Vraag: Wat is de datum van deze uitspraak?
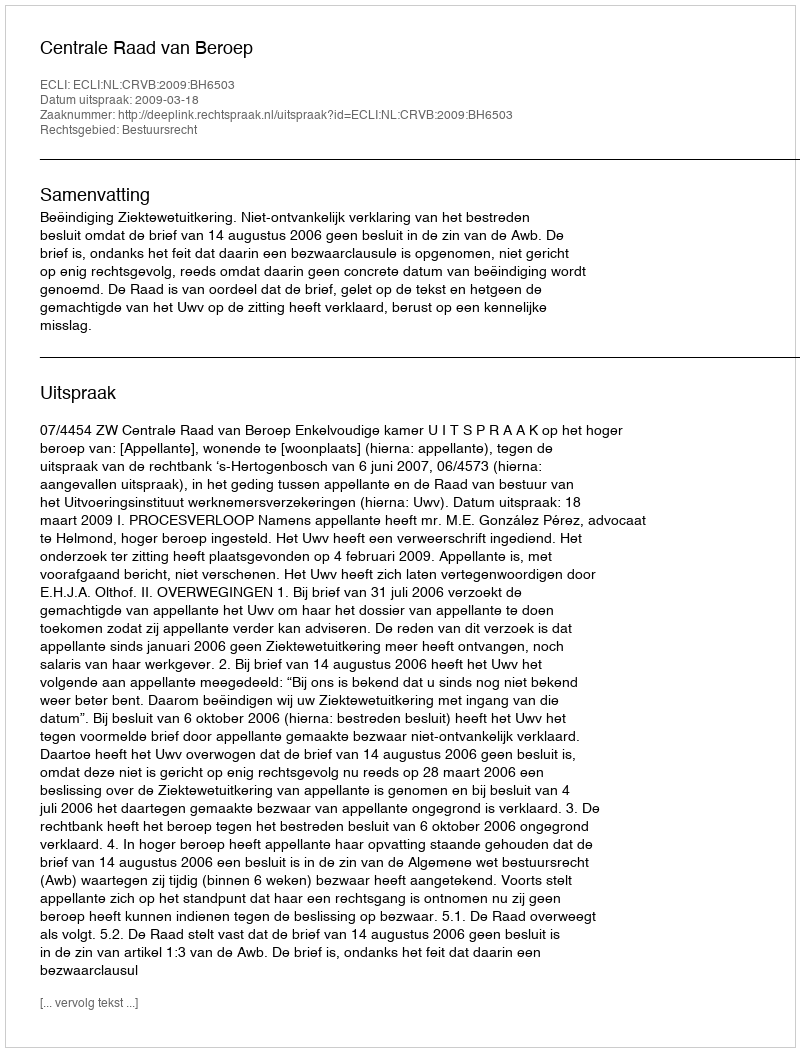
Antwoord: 2009-03-18